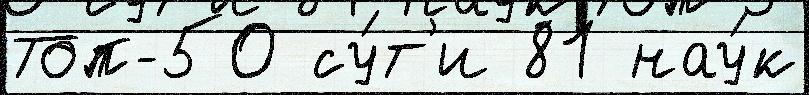
Топ-50 су́т'и 81 нау́к